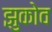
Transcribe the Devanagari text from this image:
झुकोव